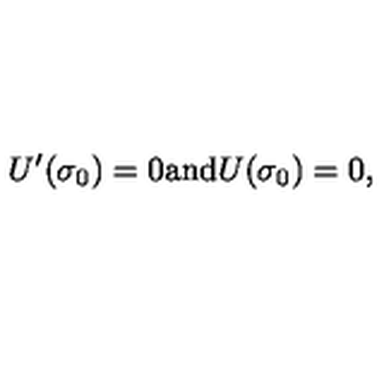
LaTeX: U ^ { \prime } ( \sigma _ { 0 } ) = 0 \mathrm { a n d } U ( \sigma _ { 0 } ) = 0 ,